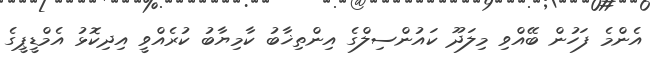
އެންމެ ފަހުން ބޭއްވި މިލަދޫ ކައުންސިލްގެ އިންތިޚާބު ކާމިޔާބު ކުރެއްވީ އިދިކޮޅު އެމްޑީޕީގެ